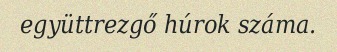
együttrezgő húrok száma.